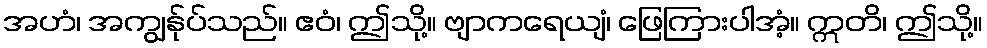
အဟံ၊ အကျွန်ုပ်သည်။ ဧဝံ၊ ဤသို့။ ဗျာကရေယျံ၊ ဖြေကြားပါအံ့။ ဣတိ၊ ဤသို့။